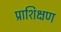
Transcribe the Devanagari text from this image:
प्राशिक्षण